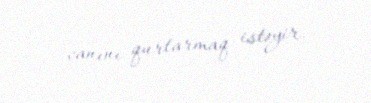
canını qurtarmaq istəyir.